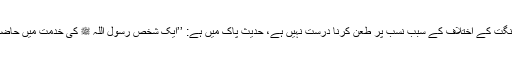
نیز یہ کہ باپ بیٹے میں محض رنگت کے اختلاف کے سبب نسب پر طعن کرنا درست نہیں ہے، حدیث پاک میں ہے: ’’ایک شخص رسول اللہ ﷺ کی خدمت میں حاضر ہوا اور عرض کی: یارسول اللہ!